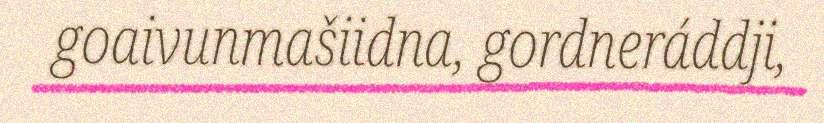
goaivunmašiidna, gordneráddji,